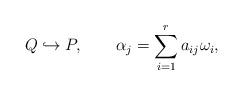
LaTeX: \begin{align*}Q \hookrightarrow P ,\qquad \alpha_j = \sum_{i=1}^r a_{ij} \omega_i ,\end{align*}